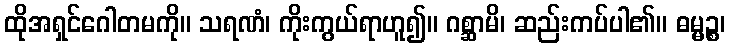
ထိုအရှင်ဂေါတမကို။ သရဏံ၊ ကိုးကွယ်ရာဟူ၍။ ဂစ္ဆာမိ၊ ဆည်းကပ်ပါ၏။ ဓမ္မဉ္စ၊